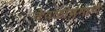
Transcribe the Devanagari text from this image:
देवळांप्रमाणे